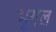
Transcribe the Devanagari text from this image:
भूगल